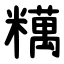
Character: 䊪